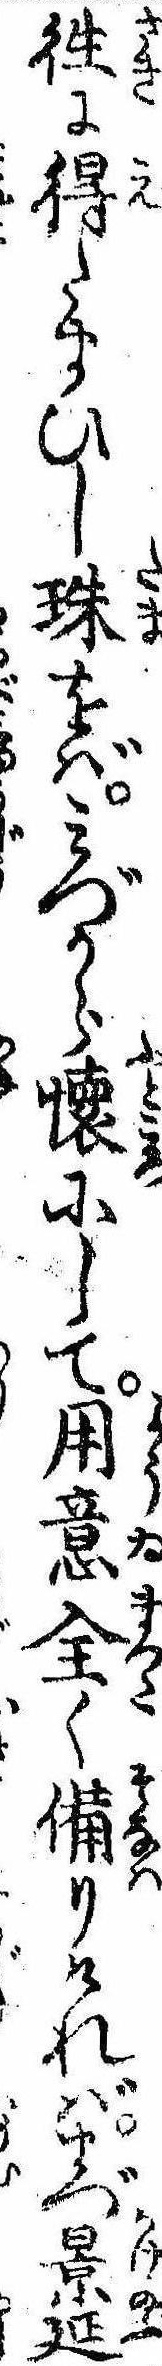
往に得たまひし珠をばみづから懐にして用意全く備りければまづ景延